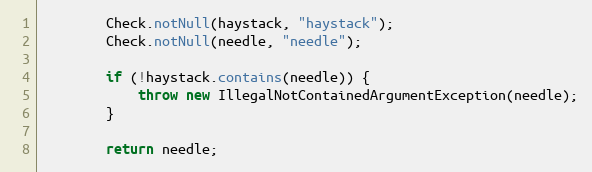
Language: Java
		Check.notNull(haystack, "haystack");
		Check.notNull(needle, "needle");

		if (!haystack.contains(needle)) {
			throw new IllegalNotContainedArgumentException(needle);
		}

		return needle;